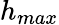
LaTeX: h_{max}